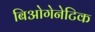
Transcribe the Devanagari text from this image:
बिओगेनेटिक